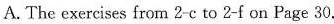
A. The exercises from 2-c to 2-f on Page 30.